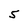
Character: 5